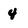
Character: 4